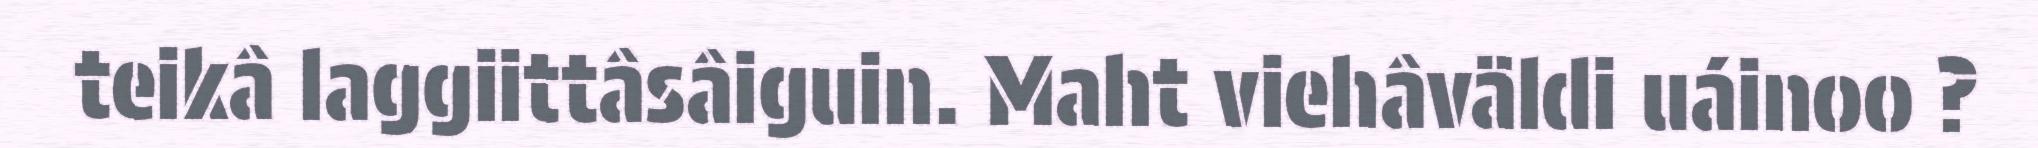
teikâ laggiittâsâiguin. Maht viehâväldi uáinoo ?